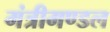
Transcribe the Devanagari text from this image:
मंत्रीमण्‍डल